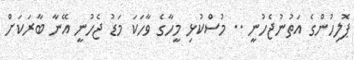
ޕޮލިހުންގެ އަތުނުޖެހުނީ .. މުސްކުޅި މީހާގެ ވާހަކަ މަޑު ޖެހުނީ އޭނާ ބާރަކަށް